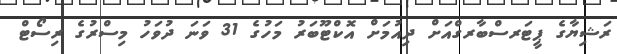
ރަޝިޔާގެ ޕީޓަރސްބާރގްއަށް ދިއުމަށް އޮކްޓޫބަރު މަހުގެ 31 ވަނަ ދުވަހު މިސްރުގެ ރިސޯޓް